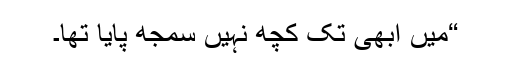
“میں ابھی تک کچھ نہیں سمجھ پایا تھا۔